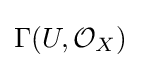
\Gamma (U,{\mathcal {O}}_{X})